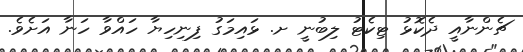
ޗެންނާއީ ދެކޮޅު ޓިކެޓު ލިބުނީ ށ. ޅައިމަގު ފިނިހިޔާ ހައްވާ ހަނާ އަށެވެ.